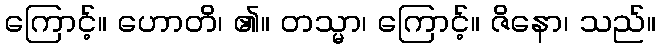
ကြောင့်။ ဟောတိ၊ ၏။ တသ္မာ၊ ကြောင့်။ ဇိနော၊ သည်။